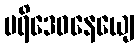
ပရိဒေဝနေယျေ